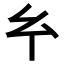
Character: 𢆯